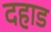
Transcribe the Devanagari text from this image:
दहाड